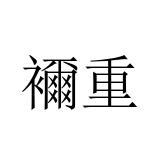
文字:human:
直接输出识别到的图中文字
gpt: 襧重